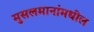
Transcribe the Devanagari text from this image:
मुसलमानांमधील